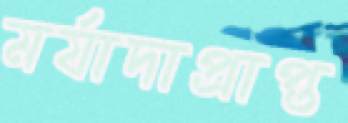
মর্যাদাপ্রাপ্ত